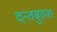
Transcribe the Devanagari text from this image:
दन्तबुरुश